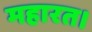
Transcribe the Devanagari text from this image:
महारत।